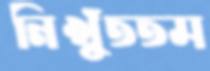
নিখুঁততম